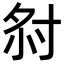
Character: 𡭫